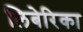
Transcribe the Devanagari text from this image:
लिबेरिका